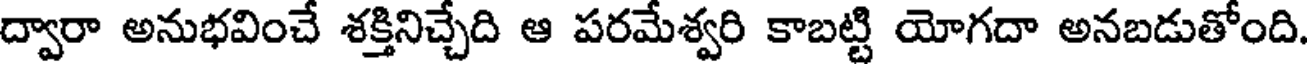
ద్వారా అనుభవించే శక్తినిచ్చేది ఆ పరమేశ్వరి కాబట్టి యోగదా అనబడుతోంది